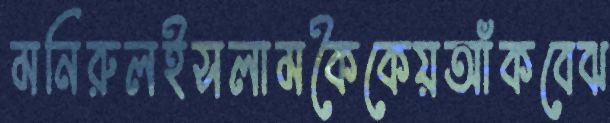
মনিরুলইসলামকৈকেয়আঁকবেঝ